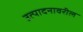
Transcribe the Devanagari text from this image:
उत्पादनावरील